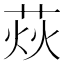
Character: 𦲌